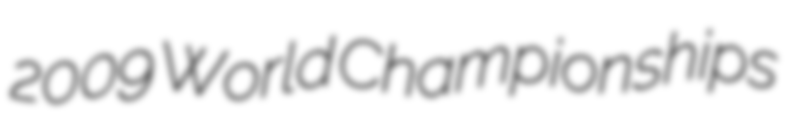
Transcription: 2009 World Championships